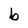
Character: b